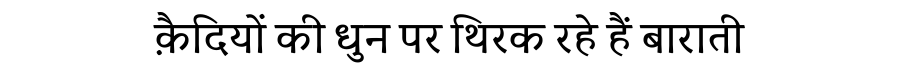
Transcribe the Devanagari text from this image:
क़ैदियों की धुन पर थिरक रहे हैं बाराती